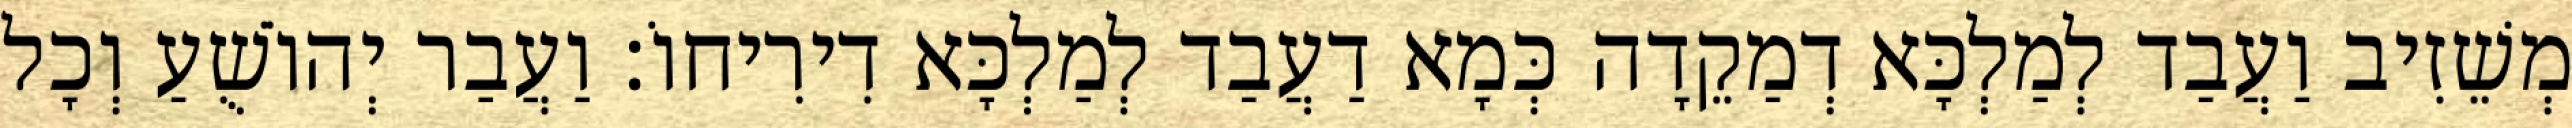
מְשֵׁזִיב וַעֲבַד לְמַלְכָּא דְמַקֵדָה כְּמָא דַעֲבַד לְמַלְכָּא דִירִיחוֹ׃ וַעֲבַר יְהוֹשֻׁעַ וְכָל